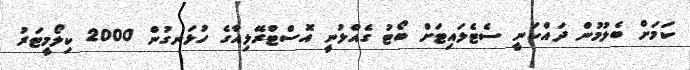
ކަމަށް ބެލުމުން ދައްކަނީ ސެޓެލައިޓަށް ބޯޓު ގެއްލުނީ އޮސްޓްރޭލިއާގެ ހުޅަނގުން 2000 ކިލޯމީޓަރު